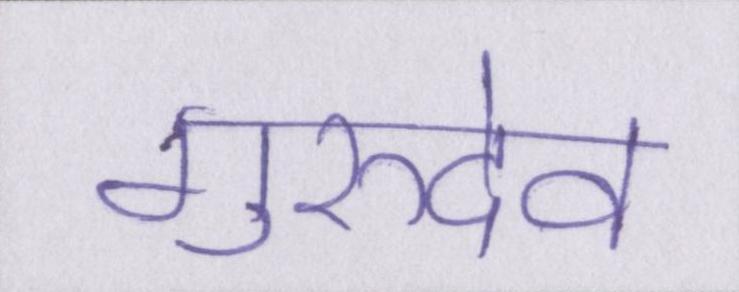
गुरुदेव